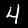
Label: 4